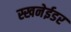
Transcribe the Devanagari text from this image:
स्खनेईडर